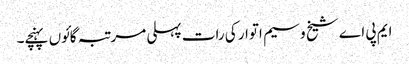
ایم پی اے شیخ وسیم اتوار کی رات پہلی مرتبہ گائوں پہنچے۔